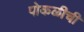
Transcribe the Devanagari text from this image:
पोकळीची